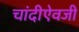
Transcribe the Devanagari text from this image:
चांदीऐवजी